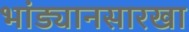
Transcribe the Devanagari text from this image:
भांड्यानसारखा